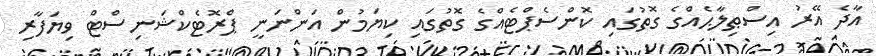
އާދެ އޭރު އިސްޠިލާޙެއްގެ ގޮތުގައި ކޮންސެޕްޓެއްގެ ގޮތުގައި ކިޔަމުން އަންނަނީ ޕްރޮޓެކްޝަނިސްޓް ވިޔަފާރި